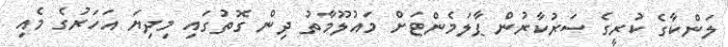
ލަންކާގެ ކުރީގެ ސަރުކާރުން ޕާލަމެންޓަށް މައުލޫމާތު ދިން ގޮތުގައި މިދިޔަ އަހަރުގެ މެއި